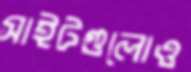
সাইটগুলোও